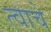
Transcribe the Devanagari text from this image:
त्वाचे